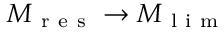
M _ { \mathrm { ~ r ~ e ~ s ~ } } \rightarrow M _ { \mathrm { ~ l ~ i ~ m ~ } }